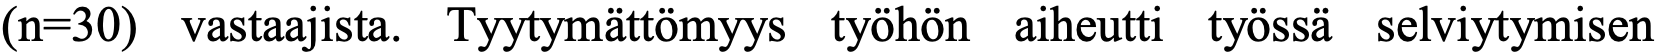
(n=30) vastaajista. Tyytymättömyys työhön aiheutti työssä selviytymisen